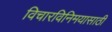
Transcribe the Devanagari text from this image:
विचारविनिमयासाठी